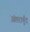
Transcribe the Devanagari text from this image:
अंतरार्बुद